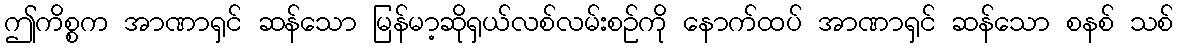
ဤကိစ္စက အာဏာရှင် ဆန်သော မြန်မာ့ဆိုရှယ်လစ်လမ်းစဉ်ကို နောက်ထပ် အာဏာရှင် ဆန်သော စနစ် သစ်